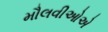
મૌલવીઓએ